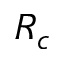
R _ { c }